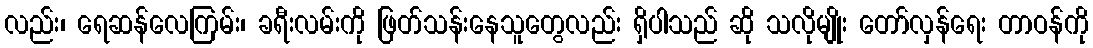
လည်း၊ ရေဆန်လေကြမ်း၊ ခရီးလမ်းကို ဖြတ်သန်းနေသူတွေလည်း ရှိပါသည် ဆို သလိုမျိုး တော်လှန်ရေး တာဝန်ကို